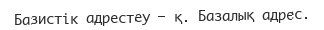
Базистік адрестеу — қ. Базалық адрес.